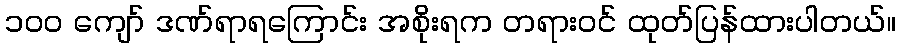
၁၀၀ ကျော် ဒဏ်ရာရကြောင်း အစိုးရက တရားဝင် ထုတ်ပြန်ထားပါတယ်။